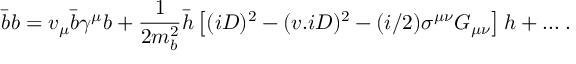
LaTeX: \bar { b } b = v _ { \mu } \bar { b } \gamma ^ { \mu } b + \frac { 1 } { 2 m _ { b } ^ { 2 } } \bar { h } \left[ ( i D ) ^ { 2 } - ( v . i D ) ^ { 2 } - ( i / 2 ) \sigma ^ { \mu \nu } G _ { \mu \nu } \right] h + . . . \; .